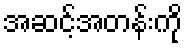
အဆင့်အတန်းကို